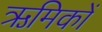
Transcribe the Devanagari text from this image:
ऋमिकों